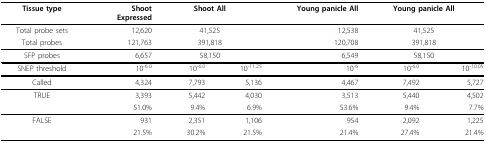
| Tissue type | ShootExpressed | <COLSPAN=2> Shoot All | Young panicle All | <COLSPAN=2> Young panicle All |
 | --- | --- | --- | --- | --- | --- | --- |
 | Total probe sets | 12,620 | <COLSPAN=2> 41,525 | 12,538 | <COLSPAN=2> 41,525 |
 | Total probes | 121,763 | <COLSPAN=2> 391,818 | 120,708 | <COLSPAN=2> 391,818 |
 | SFP probes | 6,657 | <COLSPAN=2> 58,150 | 6,549 | <COLSPAN=2> 58,150 |
 | SNEP threshold | 10-6.0 | 10-6.0 | 10-11.25 | 10-6 | 10-6.0 | 10-10.05 |
 | Called | 4,324 | 7,793 | 5,136 | 4,467 | 7,492 | 5,727 |
 | TRUE | 3,393 | 5,442 | 4,030 | 3,513 | 5,440 | 4,502 |
 |  | 51.0% | 9.4% | 6.9% | 53.6% | 9.4% | 7.7% |
 | FALSE | 931 | 2,351 | 1,106 | 954 | 2,092 | 1,225 |
 |  | 21.5% | 30.2% | 21.5% | 21.4% | 27.4% | 21.4% |